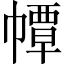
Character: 𢅀